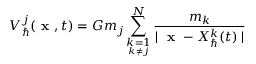
V _ { \hbar } ^ { j } ( \textbf { x } , t ) = G m _ { j } \sum _ { \underset { k \neq j } { k = 1 } } ^ { N } \frac { m _ { k } } { \mid \textbf { x } - X _ { \hbar } ^ { k } ( t ) \mid }